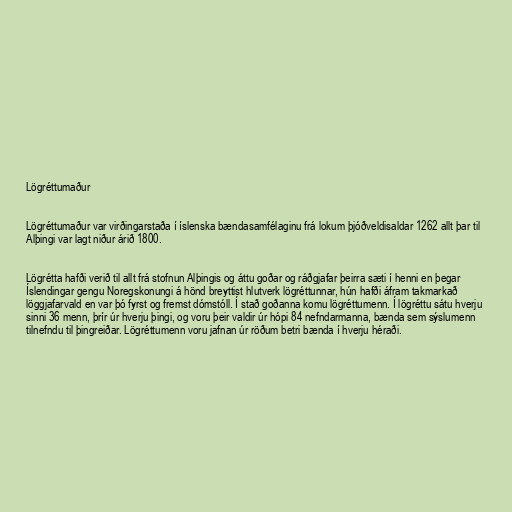
Lögréttumaður

Lögréttumaður var virðingarstaða í íslenska bændasamfélaginu frá lokum þjóðveldisaldar 1262 allt þar til
Alþingi var lagt niður árið 1800.

Lögrétta hafði verið til allt frá stofnun Alþingis og áttu goðar og ráðgjafar þeirra sæti í henni en þegar
Íslendingar gengu Noregskonungi á hönd breyttist hlutverk lögréttunnar, hún hafði áfram takmarkað
löggjafarvald en var þó fyrst og fremst dómstóll. Í stað goðanna komu lögréttumenn. Í lögréttu sátu hverju
sinni 36 menn, þrír úr hverju þingi, og voru þeir valdir úr hópi 84 nefndarmanna, bænda sem sýslumenn
tilnefndu til þingreiðar. Lögréttumenn voru jafnan úr röðum betri bænda í hverju héraði.